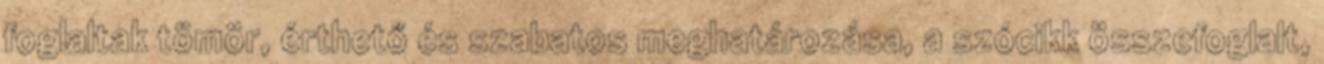
foglaltak tömör, érthető és szabatos meghatározása, a szócikk összefoglalt,